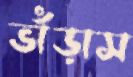
ভাঁড়াস